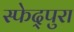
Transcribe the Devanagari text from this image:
स्फेद्पुरा